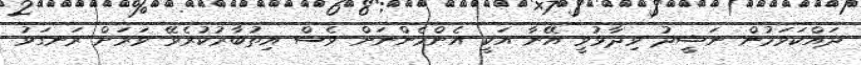
ދައްކަވަމުން ނަޝީދު ވިދާޅުވީ އޭނާ އަކީ އެންމެންނަށް ވެސް އިތުބާރުކުރެވޭ ވަރަށް ރަނގަޅު